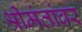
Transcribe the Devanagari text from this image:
श्रीमंतांवर